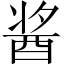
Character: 酱